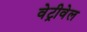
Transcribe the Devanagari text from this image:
वेट्रीवेल